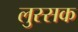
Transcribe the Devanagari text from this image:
लुस्सक